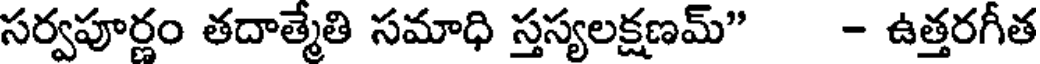
సర్వపూర్ణం తదాత్మేతి సమాధి స్తస్యలక్షణమ్" - ఉత్తరగీత